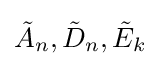
{\tilde {A}}_{n},{\tilde {D}}_{n},{\tilde {E}}_{k}